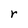
Character: r